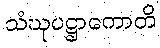
သံဃုပဋ္ဌာကောတိ